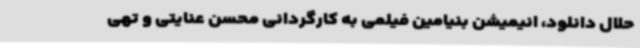
حلال دانلود، انیمیشن بنیامین فیلمی به کارگردانی محسن عنایتی و تهی